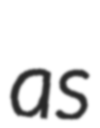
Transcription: as